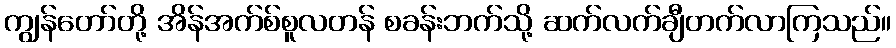
ကျွန်တော်တို့ အိန်အက်စ်စူလတန် စခန်းဘက်သို့ ဆက်လက်ချီတက်လာကြသည်။